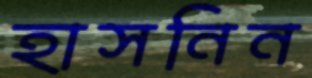
হাসনিন